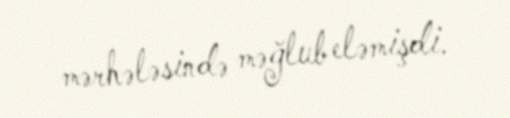
mərhələsində məğlub eləmişdi.